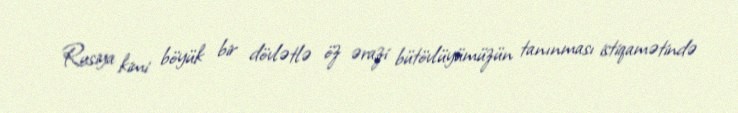
Rusiya kimi böyük bir dövlətlə öz ərazi bütövlüyümüzün tanınması istiqamətində